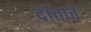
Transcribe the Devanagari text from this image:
दाताचे